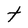
Character: t